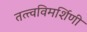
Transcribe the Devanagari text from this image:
तत्त्वविमर्शिणी